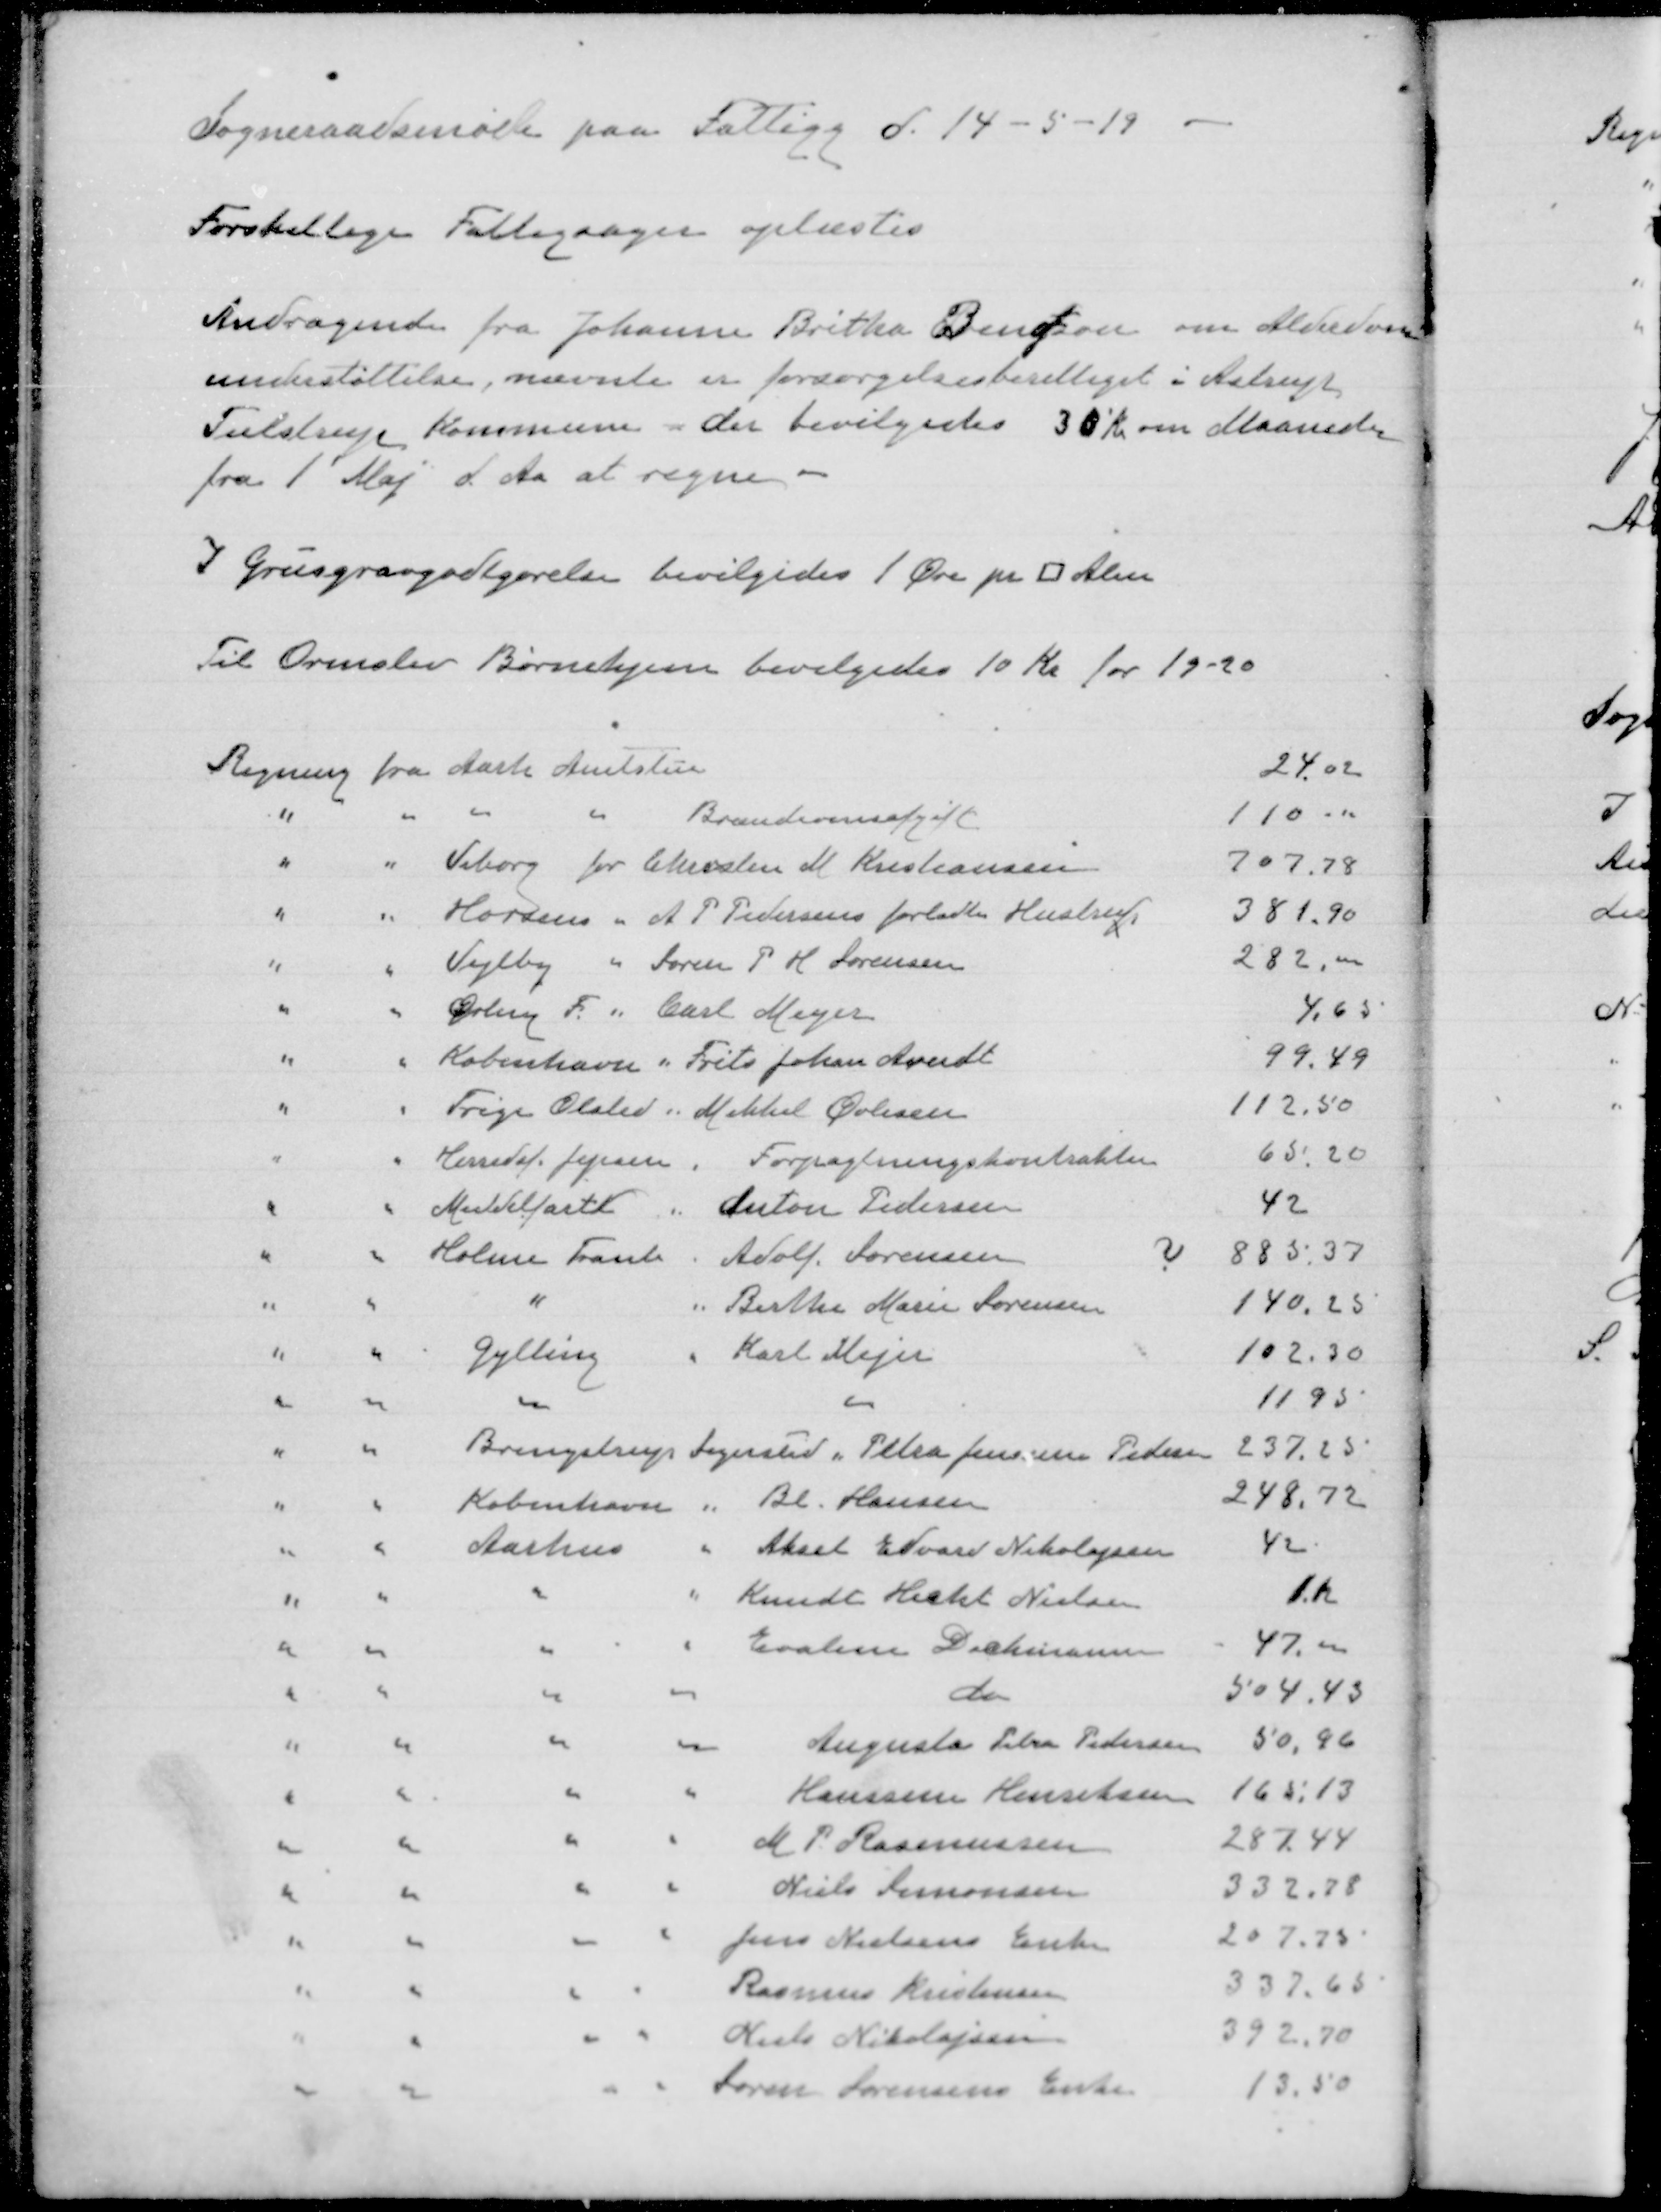
Transskription:
Sogneraadsmøde paa Fattigg d. 14 - 5 -19

Forskellige Fattigsager oplæstes

Andragende fra Johanne Britha Bengtson om Alderdom-
understøttelse, nævnte er forsørgelsesberettiget i Astrup
Tulstrup Kommune - der bevilgedes 30 Kr om Maanede
fra 1' Maj d. Aa at regne

I Grusgravgodtgørelse bevilgedes 1 Øre pr □ Alen

Til Ormslev Børnehjem bevilgedes 10 Kr for 19-20